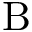
\mathrm { B }